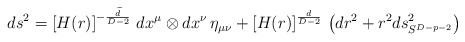
\begin{align*}ds^2 =\left[ H(r)\right] ^{-\frac{\widetilde{d}}{D-2}} \, dx^\mu \otimes dx^\nu \, \eta_{\mu\nu} + \left[ H(r)\right] ^{\frac{d}{D-2}} \, \left( dr^2 +r^2 ds^2_{S^{D-p-2}} \right)\end{align*}